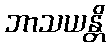
ဘာသယန္တိ